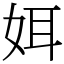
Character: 㛅